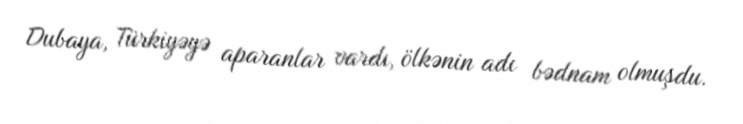
Dubaya, Türkiyəyə aparanlar vardı, ölkənin adı bədnam olmuşdu.